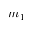
m _ { 1 }